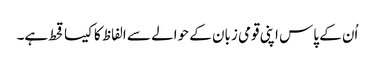
اُن کے پاس اپنی قومی زبان کے حوالے سے الفاظ کا کیسا قحط ہے۔